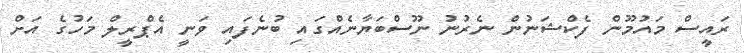
ރައީސް މައުމޫން ފެކްޝަނުން ނެރުނު ނޫސްބަޔާނެއްގައި ބުނެފައި ވަނީ އެޕްރީލް މަހުގެ އަށް